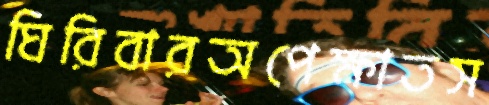
ঘিরিবারঅপেক্ষাতস